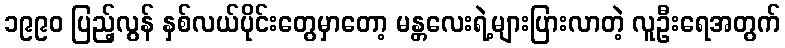
၁၉၉၀ ပြည့်လွန် နှစ်လယ်ပိုင်းတွေမှာတော့ မန္တလေးရဲ့များပြားလာတဲ့ လူဦးရေအတွက်